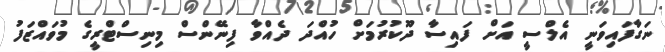
ނަގާފައިވަނީ އެލްސީ އަށް ފައިސާ ދޫކުރުމަށް ހުއްދަ ދެއްވާ ފިނޭންސް މިނިސްޓްރީގެ މުވައްޒަފު